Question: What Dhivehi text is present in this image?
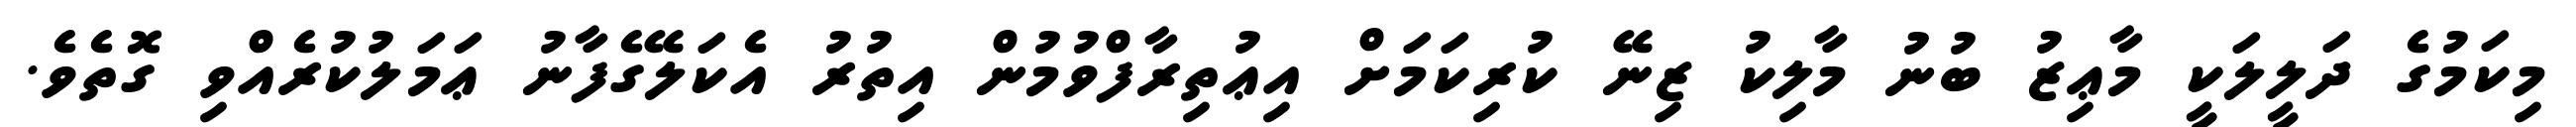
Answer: މިކަމުގެ ދަލީލަކީ މާޢިޒު ބުނު މާލިކު ޒިނޭ ކުރިކަމަށް އިޢުތިރާފްވުމުން އިތުރު އެކަލޭގެފާނު ޢަމަލުކުރެއްވި ގޮތެވެ.